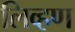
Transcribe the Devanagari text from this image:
लिव्हण